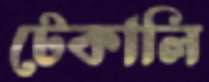
টেকালি